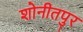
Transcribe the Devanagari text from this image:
शोनीतपुर